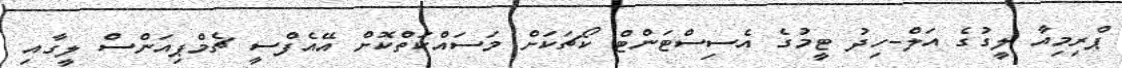
ޕްރިމިއާ ލީގުގެ އަލް-ހިދު ޓީމުގެ އެސިސްޓަންޓް ކޯޗަކަށް މަސައްކަތްކޮށް އޭއެފްސީ ޗެމްޕިއަންސް ލީގާއި